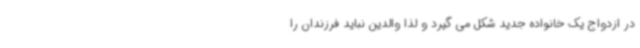
در ازدواج یک خانواده جدید شکل می گیرد و لذا والدین نباید فرزندان را